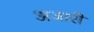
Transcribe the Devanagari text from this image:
अजारी